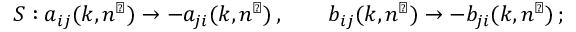
S : a _ { i j } ( k , n ^ { \perp } ) \rightarrow - a _ { j i } ( k , n ^ { \perp } ) \, , \qquad b _ { i j } ( k , n ^ { \perp } ) \rightarrow - b _ { j i } ( k , n ^ { \perp } ) \, ;